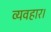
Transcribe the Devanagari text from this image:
व्‍यवहार।